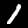
Digit: 1